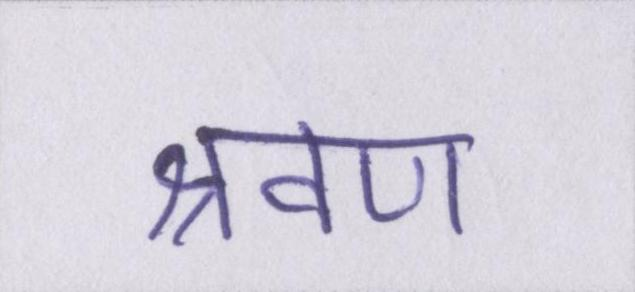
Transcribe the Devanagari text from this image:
श्रवण